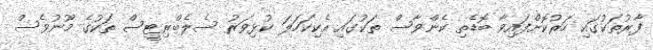
ފާރުތަކުގައި ހަރުކޮށްފައިވާ ބޮޑެތި ކެންވާސް ތަކުގައި އެކިކަހަލަ ކުޅިވަރު ސެލެބްރިޓީސް ތަކުގެ މޫނުވެސް